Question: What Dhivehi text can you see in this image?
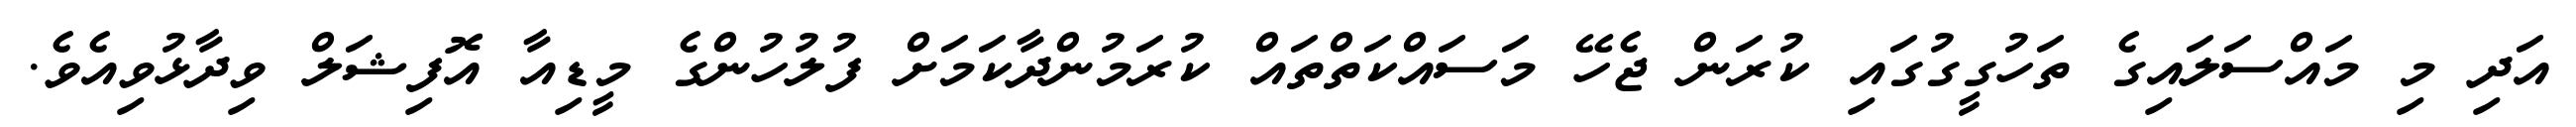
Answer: އަދި މި މައްސަލައިގެ ތަހުގީގުގައި ކުރަން ޖެހޭ މަސައްކަތްތައް ކުރަމުންދާކަމަށް ފުލުހުންގެ މީޑިއާ އޮފިޝަލް ވިދާޅުވިއެވެ.